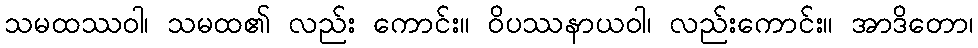
သမထဿဝါ၊ သမထ၏ လည်း ကောင်း။ ဝိပဿနာယဝါ၊ လည်းကောင်း။ အာဒိတော၊